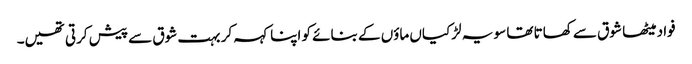
فواد میٹھا شوق سے کھاتا تھا سو یہ لڑکیاں ماؤں کے بنائے کو اپنا کہہ کر بہت شوق سے پیش کرتی تھیں۔